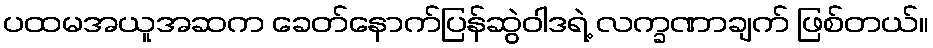
ပထမအယူအဆက ခေတ်နောက်ပြန်ဆွဲဝါဒရဲ့ လက္ခဏာချက် ဖြစ်တယ်။